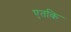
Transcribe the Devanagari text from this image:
एतकि